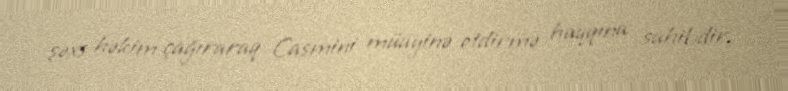
şəxs həkim çağıraraq Casmini müayinə etdirmə haqqına sahibdir.